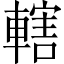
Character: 轄